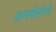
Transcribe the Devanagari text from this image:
जमवेलेले